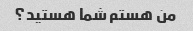
من هستم شما هستید؟